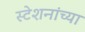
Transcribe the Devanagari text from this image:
स्टेशनांच्या